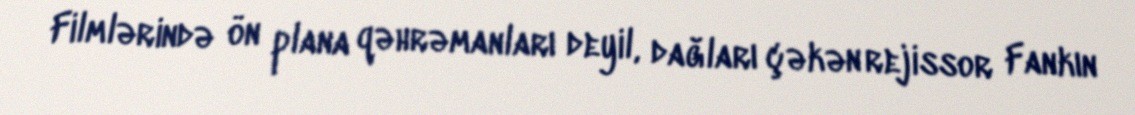
Filmlərində ön plana qəhrəmanları deyil, dağları çəkən rejissor Fankın